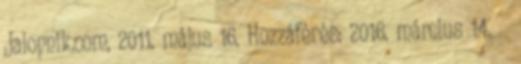
Jalopnik.com, 2011. május 16. Hozzáférés: 2016. március 14. ↑